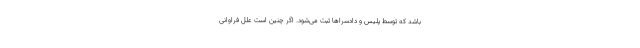
باشد که توسط پلیس و دادسراها ثبت می‌شود. اگر چنین است علل فراوانی